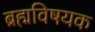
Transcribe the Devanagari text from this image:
ब्रह्मविषयक